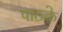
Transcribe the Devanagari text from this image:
पाठके